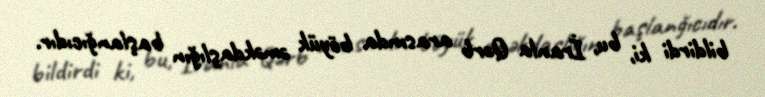
bildirdi ki, bu, İranla Qərb arasında böyük əməkdaşlığın başlanğıcıdır.